Vaccination North-Western Provinces and Oudh 1896-1901 - 1896-1901
Year: 1896
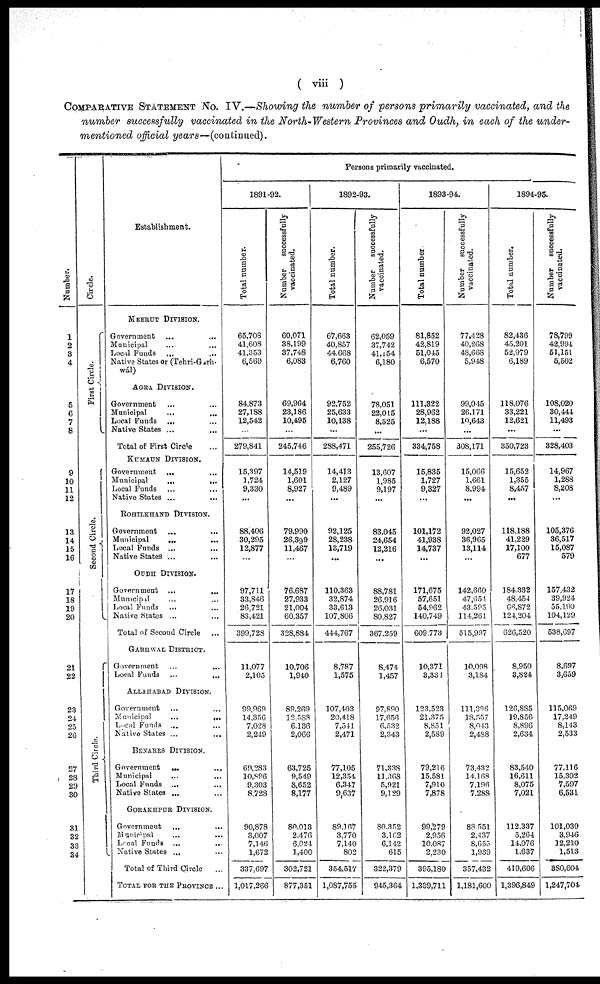
( viii )
COMPARATIVE STATEMENT No. IV.—Showing the number of persons primarily vaccinated, and the
number successfully vaccinated in the North-Western Provinces and Oudh, in each of the under-
mentioned official years—(continued).
Number.
1
2
3
4
5
6
7
8
9
10
11
12
13
14
15
16
17
18
19
20
21
22
23
24
25
26
27
28
29
30
31
32
33
34
Circle.
First Circle.
Second Circle.
Third Ci r cl e.
Establishment.
MEERUT DIVISION.
Government ... ...
Municipal ... ...
Local Funds ... ...
Native States or (Tehri-Gatrh¬
wál)
AGRA DIVISION.
Government ... ...
Municipal
...
...
Local Funds ... ...
Native States ... ...
Total of First Circle ...
KUMAUN DIVISION.
Government ... ...
Municipal
...
...
Local Funds ... ...
Native States ...
ROHILKHAND DIVISION.
Government ... ...
Municipal
... ...
Local Funds ... ...
Native States ... ...
OUDH DIVISION.
Government ...
...
Municipal ... ...
Local Funds ... ...
Native States ... ...
Total of Second Circle ...
GARHWAL DISTRICT.
Government ... ...
Local Funds ...
...
ALLAHABAD DIVISION.
Government ... ...
Municipal
...
...
Local Funds ... ...
Native States ... ...
BENARES DIVISION.
Government ... ...
Municipal ... ...
Local Funds ... ...
Native States ... ...
GORAKHPUR DIVISION.
Government ... ...
Municipal ... ...
Local Funds ... ...
Native States ... ...
Total of Third Circle ...
TOTAL FOR THE PROVINCE ...
Persons primarily vaccinated.
1891-92.
Total number.
65,708
41,608
41,353
6,569
84,873
27,188
12,542
...
279,841
15,397
1,724
9,330
...
88,406
30,295
12,877
...
97,711
33,846
26,721
83,421
399,728
11,077
2,105
99,969
14,356
7,028
2,249
69,283
10,896
9,303
8,728
90,878
3,007
7,146
1,672
337,697
1,017,266
Number
successfully
vaccinated.
60,071
38,199
37,748
6,083
69,964
23,186
10,495
...
245,746
14,519
1,601
8,927
...
79,990
26,399
11,467
...
76,687
27,933
21,004
60,357
328,884
10,706
1,940
89,269
12,588
6,136
2,066
63,725
9,549
8,652
8,177
80,013
2,476
6,024
1,400
302,721
877,351
1892-93.
Total number.
67,663
40,857
44,668
6,760
92,752
25,633
10,138
...
288,471
14,413
2,127
9,489
...
92,125
28,238
13,719
...
110,363
32,874
33,613
107,806
444,767
8,787
1,575
107,403
20,418
7,541
2,471
77,105
12,354
6,347
9,637
89,167
3,770
7,140
802
354,517
1,087,755
Number
successfully
vaccinated.
62,059
37,742
41,154
6,180
78,051
22,015
8,525
...
255,726
13,607
1,985
9,197
...
83,045
24,654
12,216
...
88,781
26,916
26,031
80,827
367,259
8,474
1,457
97,890
17,656
6,532
2,343
71,338
11 ,368
5,921
9,129
80,352
3,162
6,142
615
322,379
945,364
1893-94.
Total number
81,852
42,819
51,045
6,570
111,322
28,962
12,188
...
334,758
15,835
1,727
9,327
...
101,172
41,938
14,737
...
171,675
57,651
54,962
140,749
609,773
10,371
3,334
123,523
21,375
8,851
2,589
79,216
15,581
7,910
7,878
99,279
2,956
10,087
2,230
395,180
1,339,711
Number
successfully
vaccinated.
77,428
40,268
48,668
5,948
99,045
26,171
10,643
...
308,171
15,066
1,661
8,994
...
92,027
36,965
13,114
...
142,660
47,654
43,595
114,261
515,997
10,098
3,184
111,396
18,557
8,043
2,488
73,432
14,168
7,196
7,288
88,551
2,437
8,655
1,939
357,432
1,181,600
1894-95.
Total number.
82,436
45,201
52,979
6,189
118,076
33,221
12,621
...
350,723
15,652
1,355
8,457
...
118,188
41,229
17,100
677
184,332
48,454
66,872
124,204
626,520
8,950
3,824
126,885
19,856
8,896
2,634
83,540
16,611
8,075
7,021
112,337
5,264
14,076
1,637
419,606
1,396,849
Number
successfully
vaccinated.
78,799
42,994
51,151
5,502
108,020
30,444
11,493
...
328,403
14,967
1,288
8,208
...
105,376
36,517
15,087
579
157,432
39,924
55,190
104,129
538,697
8,697
3,659
115,069
17,249
8,143
2,533
77,116
15,302
7,597
6,531
101,039
3,946
12,210
1,513
380,604
1,247,704